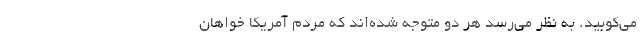
می‌کوبید. به نظر می‌رسد هر دو متوجه شده‌اند كه مردم آمریكا خواهان